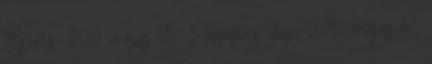
Sports, 2011. május 15. Hozzáférés ideje: 2011. május 17.